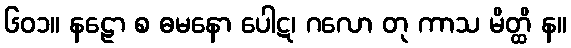
၆၀၁။ နဠော စ ဓမနော ပေါဋ၊ ဂလော တု ကာသ မိတ္ထိ န။